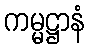
ကမ္မဋ္ဌာနံ